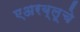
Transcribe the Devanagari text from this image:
एअरब्लूचे